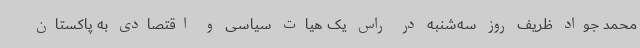
محمد جواد ظریف روز سه‌شنبه در راس یک هیات سیاسی و اقتصادی به پاکستان